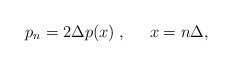
\begin{align*}p_n = 2 \Delta p(x) \; , \;\;\;\;\; x = n \Delta ,\end{align*}